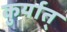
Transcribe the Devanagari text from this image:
कुर्यात्‌